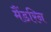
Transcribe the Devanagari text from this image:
मैंडरिन